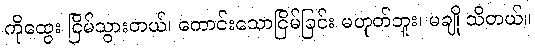
ကိုထွေး ငြိမ်သွားတယ်၊ ကောင်းသောငြိမ်ခြင်း မဟုတ်ဘူး၊ မချို သိတယ်။